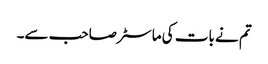
تم نے بات کی ماسٹر صاحب سے۔